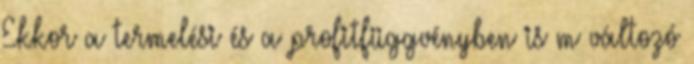
Ekkor a termelési és a profitfüggvényben is m változó